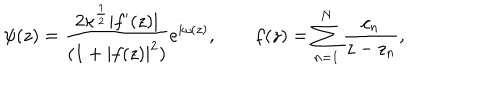
\psi ( z ) = { \frac { { 2 \kappa ^ { \frac { 1 } { 2 } } | f ^ { \prime } ( z ) | } } { { ( 1 + | f ( z ) | ^ { 2 } ) } } } e ^ { i \omega ( z ) } , \qquad f ( z ) = \sum _ { n = 1 } ^ { N } { \frac { { c _ { n } } } { { z - z _ { n } } } } ,